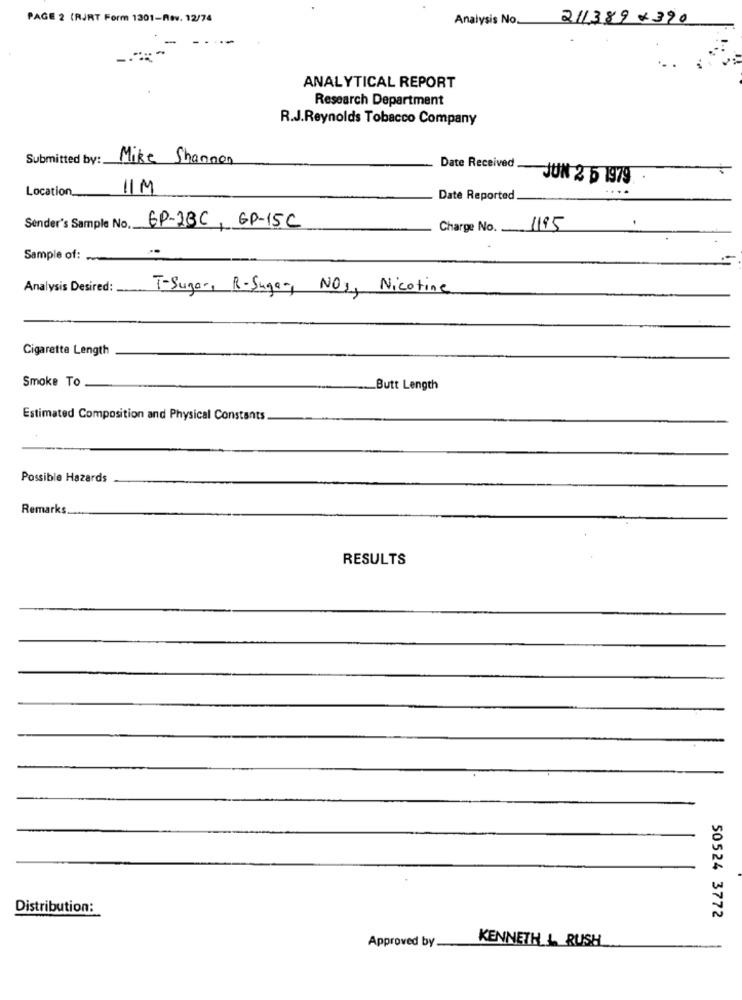
PAGE 2 (RJRT Form 1301-Rev. 12/74
Analysis No.
211389×390
ANALYTICAL REPORT
Research Department
R.J.Reynolds Tobacco Company
Submitted by :.
Mike Shannon
Date Received JUN 2 5 1979
Location_
11M
Date Reported
Sender's Sample No.
EP-1BC, GP-15C
Charge No.
1195
.
Sample of:
Analysis Desired :.
T-Sugar, R-Sugar, NO ,, Nicotine
Cigarette Length
Smoke To
Butt Length
Estimated Composition and Physical Constants
Possible Hazards
Remarks
RESULTS
Distribution:
50524 3772
Approved by
KENNETH L. RUSH